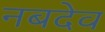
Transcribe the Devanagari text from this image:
नबदेव